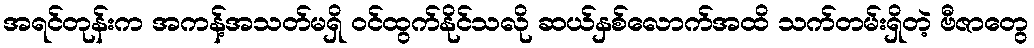
အရင်တုန်းက အကန့်အသတ်မရှိ ဝင်ထွက်နိုင်သလို ဆယ်နှစ်လောက်အထိ သက်တမ်းရှိတဲ့ ဗီဇာတွေ